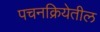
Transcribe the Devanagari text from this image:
पचनक्रियेतील